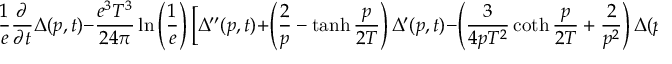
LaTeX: \frac { 1 } { e } \frac { \partial } { \partial t } \Delta ( p , t ) - \frac { e ^ { 3 } T ^ { 3 } } { 2 4 \pi } \ln \left( \frac { 1 } { e } \right) \bigg [ \Delta ^ { \prime \prime } ( p , t ) + \left( \frac { 2 } { p } - \operatorname { t a n h } \frac { p } { 2 T } \right) \Delta ^ { \prime } ( p , t ) - \left( \frac { 3 } { 4 p T ^ { 2 } } \coth \frac { p } { 2 T } + \frac { 2 } { p ^ { 2 } } \right) \Delta ( p , t ) \bigg ] = - 1 \; .